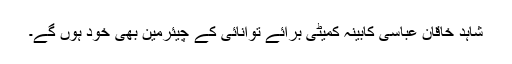
شاہد خاقان عباسی کابینہ کمیٹی برائے توانائی کے چیئرمین بھی خود ہوں گے۔